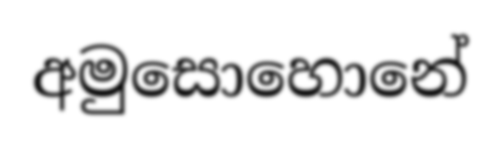
අමුසොහොනේ